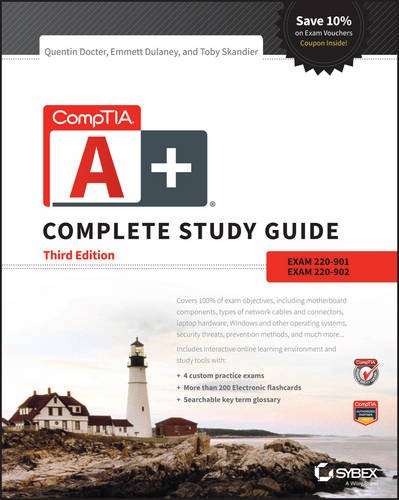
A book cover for CompTIA A+ Complete Study Guide: Exams 220-901 and 220-902; Quentin Docter; Computers & Technology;